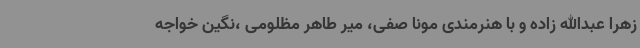
زهرا عبدالله زاده و با هنرمندی مونا صفی، میر طاهر مظلومی ،نگین خواجه